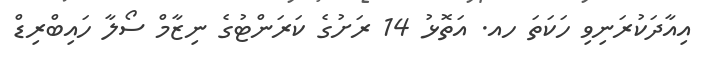
އިއާދަކުރަނިވި ހަކަތަ ހއ. އަތޮޅު 14 ރަށުގެ ކަރަންޓުގެ ނިޒާމް ސޯލާ ހައިބްރިޑް